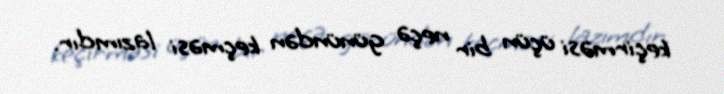
keçirməsi üçün bir neçə günündən keçməsi lazımdır.